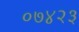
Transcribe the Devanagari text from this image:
०७४२३